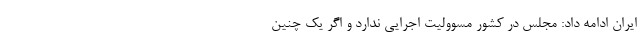
ایران ادامه داد: مجلس در کشور مسوولیت اجرایی ندارد و اگر یک چنین